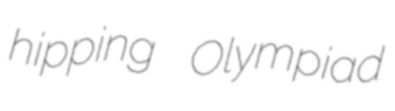
hipping Olympiad